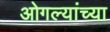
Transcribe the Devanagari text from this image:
ओगल्यांच्या